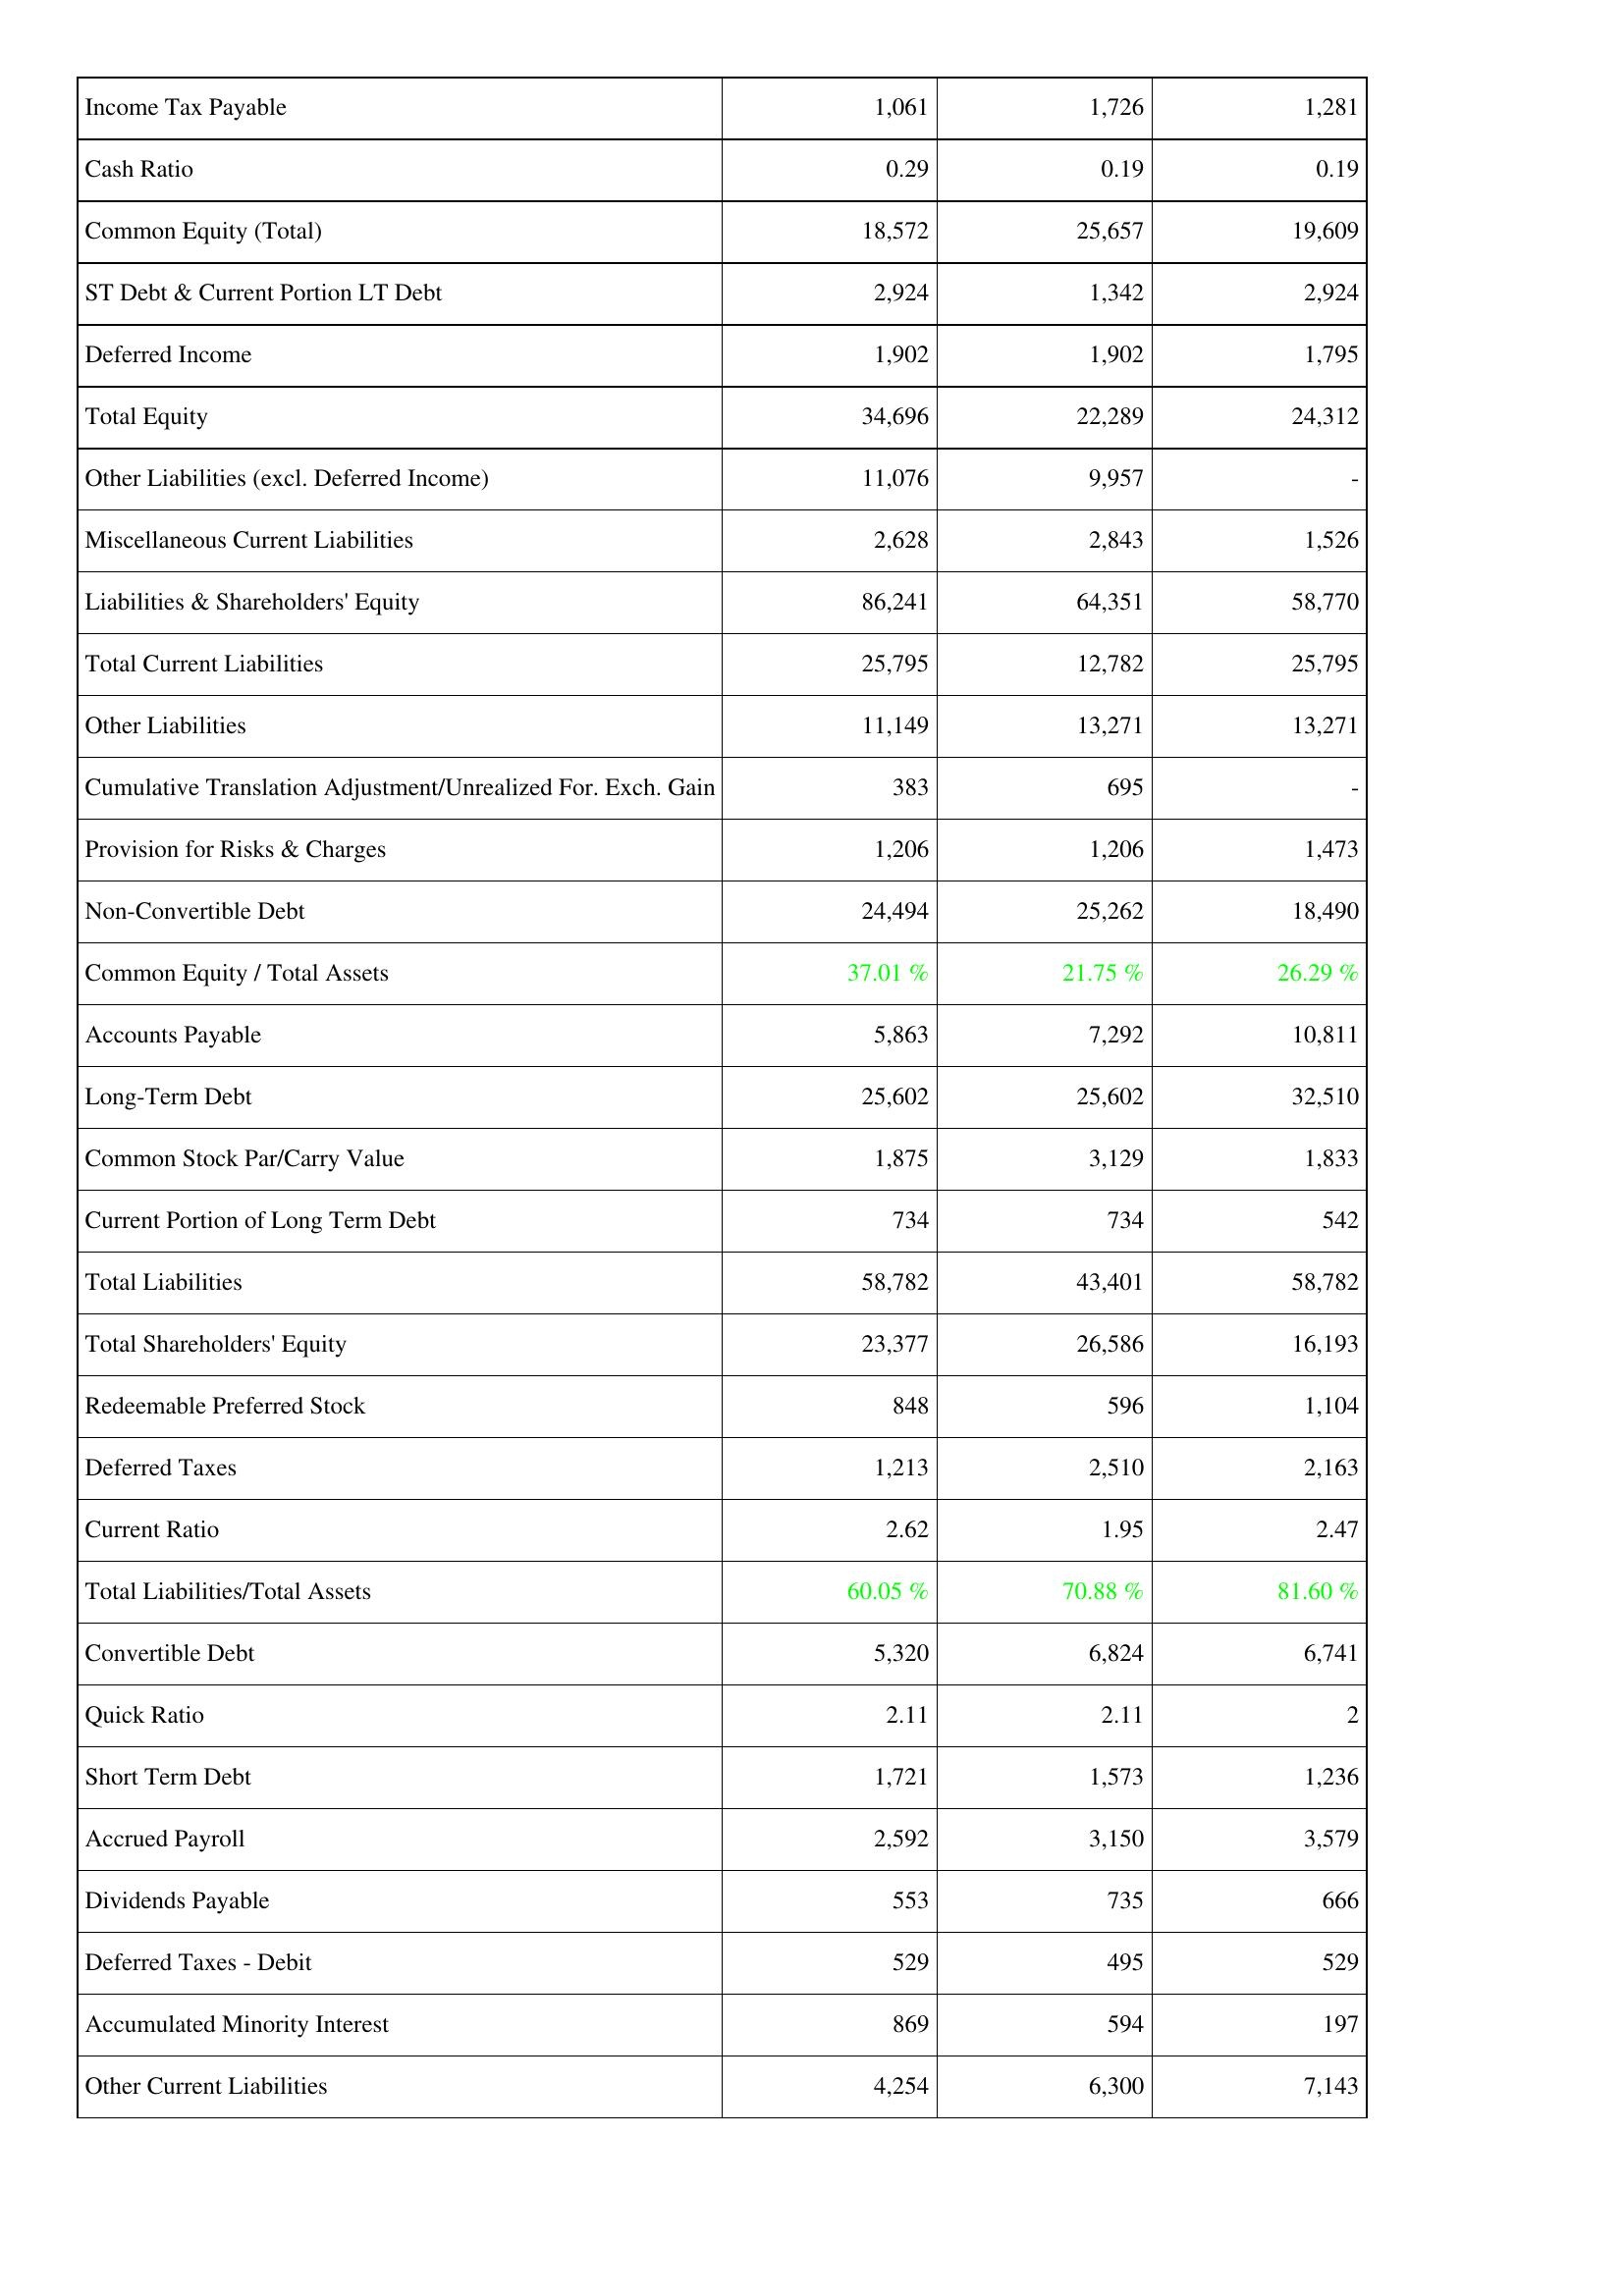
2015: Liabilities & Shareholders' Equity: Income Tax Payable: 1,061
Cash Ratio: 0.29
Common Equity (Total): 18,572
ST Debt & Current Portion LT Debt: 2,924
Deferred Income: 1,902
Total Equity: 34,696
Other Liabilities (excl. Deferred Income): 11,076
Miscellaneous Current Liabilities: 2,628
Liabilities & Shareholders' Equity: 86,241
Total Current Liabilities: 25,795
Other Liabilities: 11,149
Cumulative Translation Adjustment/Unrealized For. Exch. Gain: 383
Provision for Risks & Charges: 1,206
Non-Convertible Debt: 24,494
Common Equity / Total Assets: 37.01 %
Accounts Payable: 5,863
Long-Term Debt: 25,602
Common Stock Par/Carry Value: 1,875
Current Portion of Long Term Debt: 734
Total Liabilities: 58,782
Total Shareholders' Equity: 23,377
Redeemable Preferred Stock: 848
Deferred Taxes: 1,213
Current Ratio: 2.62
Total Liabilities/Total Assets: 60.05 %
Convertible Debt: 5,320
Quick Ratio: 2.11
Short Term Debt: 1,721
Accrued Payroll: 2,592
Dividends Payable: 553
Deferred Taxes - Debit: 529
Accumulated Minority Interest: 869
Other Current Liabilities: 4,254
2014: Liabilities & Shareholders' Equity: Income Tax Payable: 1,726
Cash Ratio: 0.19
Common Equity (Total): 25,657
ST Debt & Current Portion LT Debt: 1,342
Deferred Income: 1,902
Total Equity: 22,289
Other Liabilities (excl. Deferred Income): 9,957
Miscellaneous Current Liabilities: 2,843
Liabilities & Shareholders' Equity: 64,351
Total Current Liabilities: 12,782
Other Liabilities: 13,271
Cumulative Translation Adjustment/Unrealized For. Exch. Gain: 695
Provision for Risks & Charges: 1,206
Non-Convertible Debt: 25,262
Common Equity / Total Assets: 21.75 %
Accounts Payable: 7,292
Long-Term Debt: 25,602
Common Stock Par/Carry Value: 3,129
Current Portion of Long Term Debt: 734
Total Liabilities: 43,401
Total Shareholders' Equity: 26,586
Redeemable Preferred Stock: 596
Deferred Taxes: 2,510
Current Ratio: 1.95
Total Liabilities/Total Assets: 70.88 %
Convertible Debt: 6,824
Quick Ratio: 2.11
Short Term Debt: 1,573
Accrued Payroll: 3,150
Dividends Payable: 735
Deferred Taxes - Debit: 495
Accumulated Minority Interest: 594
Other Current Liabilities: 6,300
2013: Liabilities & Shareholders' Equity: Income Tax Payable: 1,281
Cash Ratio: 0.19
Common Equity (Total): 19,609
ST Debt & Current Portion LT Debt: 2,924
Deferred Income: 1,795
Total Equity: 24,312
Other Liabilities (excl. Deferred Income): -
Miscellaneous Current Liabilities: 1,526
Liabilities & Shareholders' Equity: 58,770
Total Current Liabilities: 25,795
Other Liabilities: 13,271
Cumulative Translation Adjustment/Unrealized For. Exch. Gain: -
Provision for Risks & Charges: 1,473
Non-Convertible Debt: 18,490
Common Equity / Total Assets: 26.29 %
Accounts Payable: 10,811
Long-Term Debt: 32,510
Common Stock Par/Carry Value: 1,833
Current Portion of Long Term Debt: 542
Total Liabilities: 58,782
Total Shareholders' Equity: 16,193
Redeemable Preferred Stock: 1,104
Deferred Taxes: 2,163
Current Ratio: 2.47
Total Liabilities/Total Assets: 81.60 %
Convertible Debt: 6,741
Quick Ratio: 2
Short Term Debt: 1,236
Accrued Payroll: 3,579
Dividends Payable: 666
Deferred Taxes - Debit: 529
Accumulated Minority Interest: 197
Other Current Liabilities: 7,143